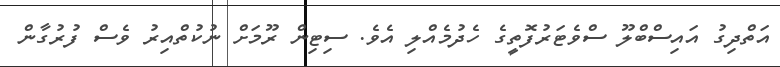
އަތްދިގު އައިސްބްލޫ ސްވެޓަރުފޮތީގެ ހެދުމެއްލި އެވެ. ސިޓިން ރޫމަށް ނުކުތްއިރު ވެސް ފުރުގާން